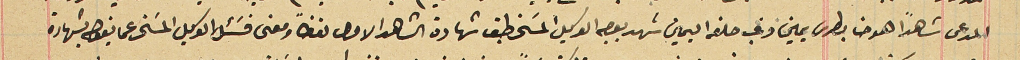
المدعى شاهداً هو حنا بطرس يمين وغب حلفه اليمين شهد بوجه الوكيل المسَخر طبق شهادة الشاهد الاول لفظاً ومعنى فسَئل الوكيل المسَخر عما يقول بشهادة